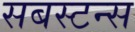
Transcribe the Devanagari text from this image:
सबस्टन्स